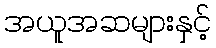
အယူအဆများနှင့်